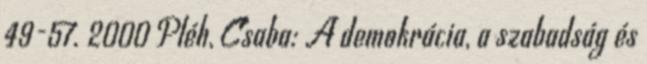
49-57. 2000 Pléh, Csaba: A demokrácia, a szabadság és